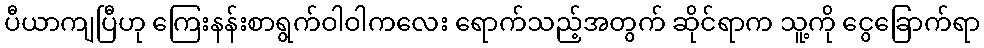
ပီယာကျပြီဟု ကြေးနန်းစာရွက်ဝါဝါကလေး ရောက်သည့်အတွက် ဆိုင်ရာက သူ့ကို ငွေခြောက်ရာ